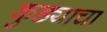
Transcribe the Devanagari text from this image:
कुड्याचा